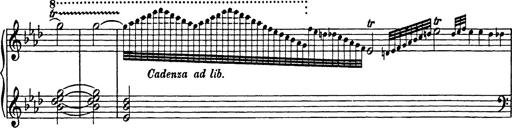
Title: 8 Variations
Composer: Franz Liszt
Key: A-flat major